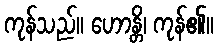
ကုန်သည်။ ဟောန္တိ၊ ကုန်၏။